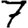
Digit: 7